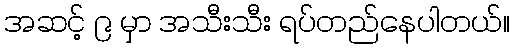
အဆင့် ၉ မှာ အသီးသီး ရပ်တည်နေပါတယ်။